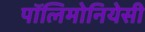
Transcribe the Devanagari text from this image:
पॉलिमोनियेसी